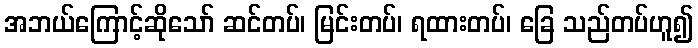
အဘယ်ကြောင့်ဆိုသော် ဆင်တပ်၊ မြင်းတပ်၊ ရထားတပ်၊ ခြေ သည်တပ်ဟူ၍